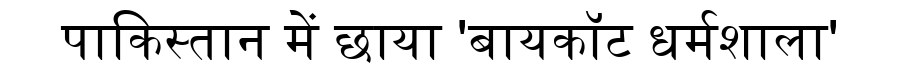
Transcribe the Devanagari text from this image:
पाकिस्तान में छाया 'बायकॉट धर्मशाला'